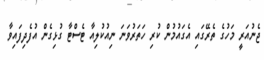
ޖެނުއަރީ މަހުގެ ތެރޭގައި އެގައުމުން ކުރި ހަތަރުވަަނަ ނިއުކުލިއާ ޓެސްޓާ ގުޅިގެން އުފެދިފައިވާ